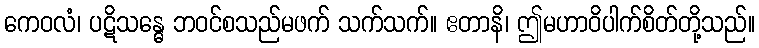
ကေဝလံ၊ ပဋိသန္ဓေ ဘဝင်စသည်မဖက် သက်သက်။ ဧတာနိ၊ ဤမဟာဝိပါက်စိတ်တို့သည်။